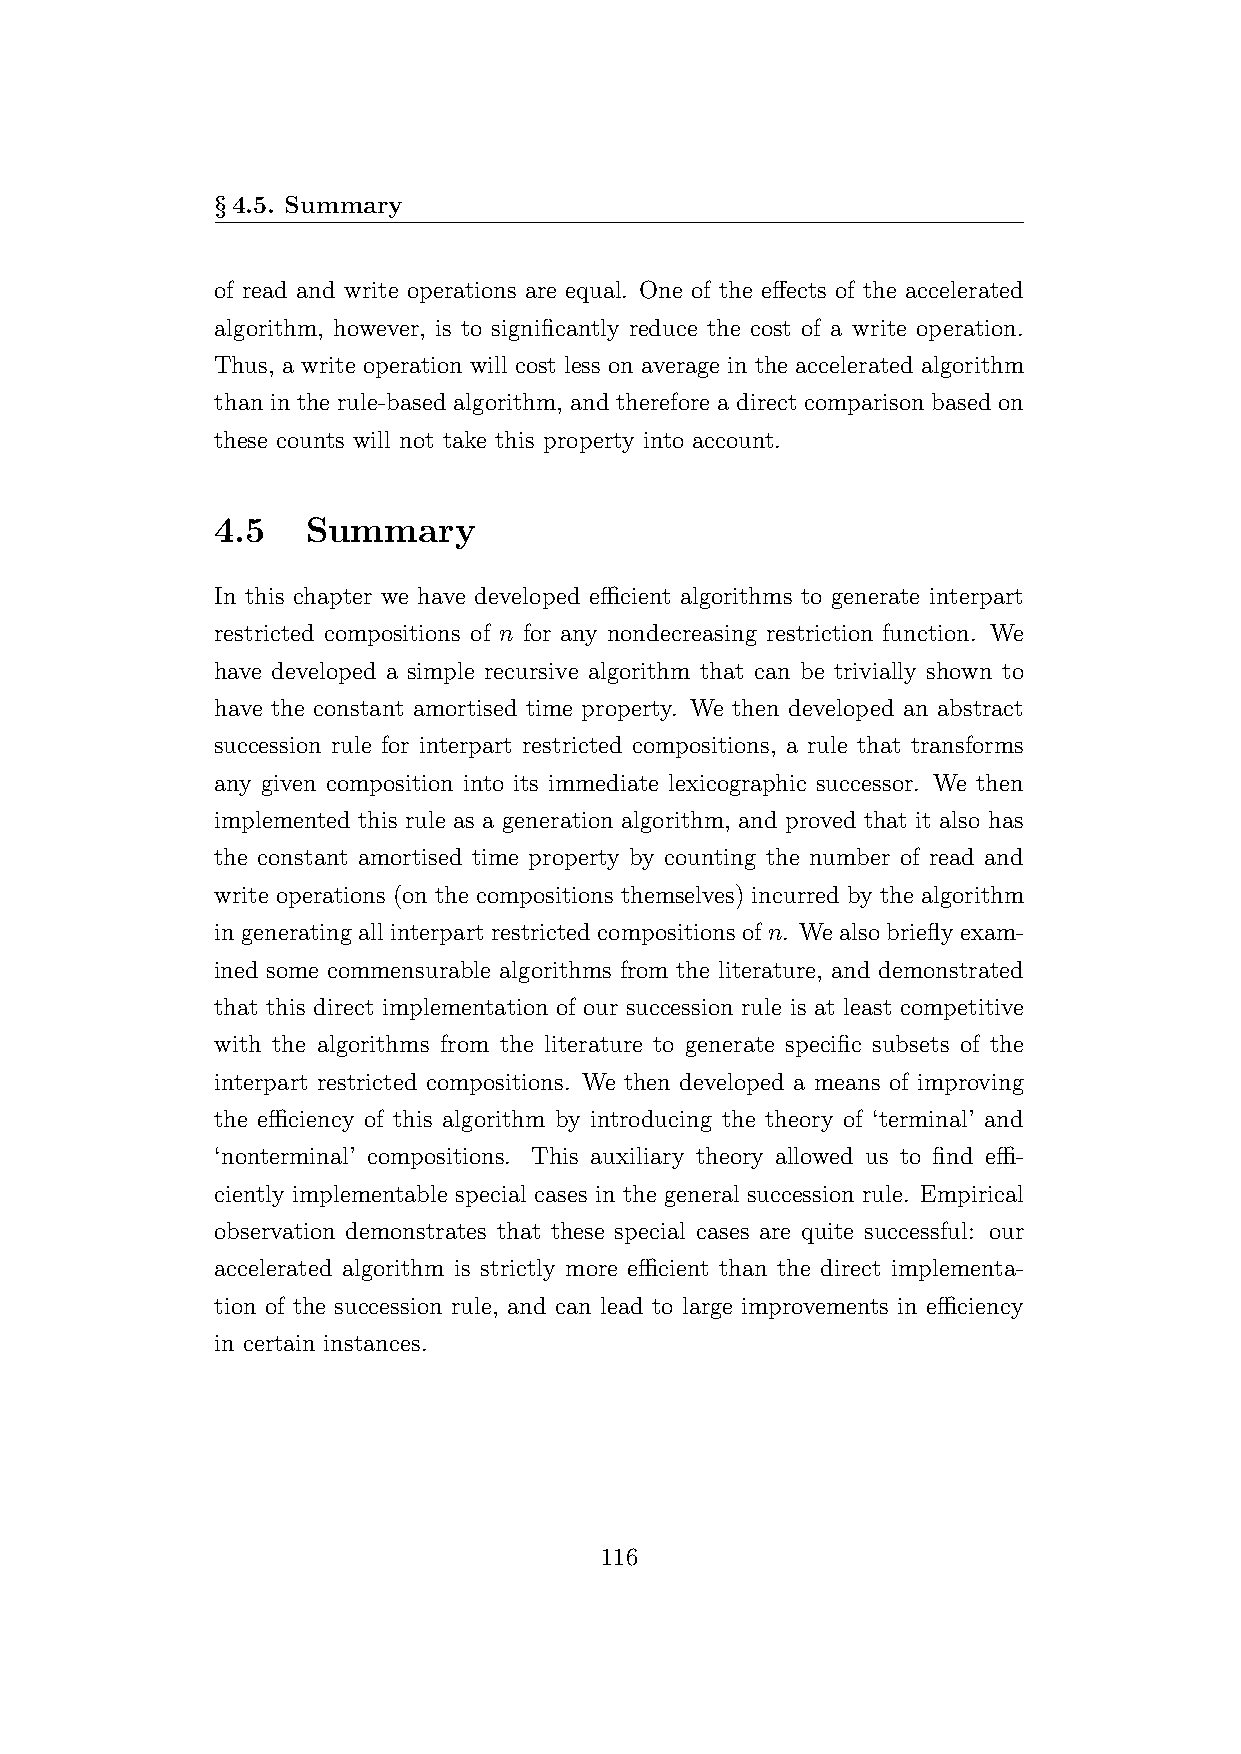
§4.5. Summary
 of read and write operations are equal. One of the effects of the accelerated
 algorithm, however, is to significantly reduce the cost of a write operation.
 Thus, a write operation will cost less on average in the accelerated algorithm
 than in the rule-based algorithm, and therefore a direct comparison based on
 these counts will not take this property into account.
 4.5   Summary
 In this chapter we have developed efficient algorithms to generate interpart
 restricted compositions of n for any nondecreasing restriction function. We
 have developed a simple recursive algorithm that can be trivially shown to
 have the constant amortised time property. We then developed an abstract
 succession rule for interpart restricted compositions, a rule that transforms
 any given composition into its immediate lexicographic successor. We then
 implemented this rule as a generation algorithm, and proved that it also has
 the constant amortised time property by counting the number of read and
 write operations (on the compositions themselves) incurred by the algorithm
 in generating all interpart restricted compositions of n. We also briefly exam-
 ined some commensurable algorithms from the literature, and demonstrated
 that this direct implementation of our succession rule is at least competitive
 with the algorithms from the literature to generate specific subsets of the
 interpart restricted compositions. We then developed a means of improving
 the efficiency of this algorithm by introducing the theory of ‘terminal’ and
 ‘nonterminal’ compositions. This auxiliary theory allowed us to find effi-
 ciently implementable special cases in the general succession rule. Empirical
 observation demonstrates that these special cases are quite successful: our
 accelerated algorithm is strictly more efficient than the direct implementa-
 tion of the succession rule, and can lead to large improvements in efficiency
 in certain instances.
 116